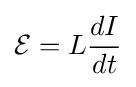
{\mathcal {E}}=L{\frac {dI}{dt}}